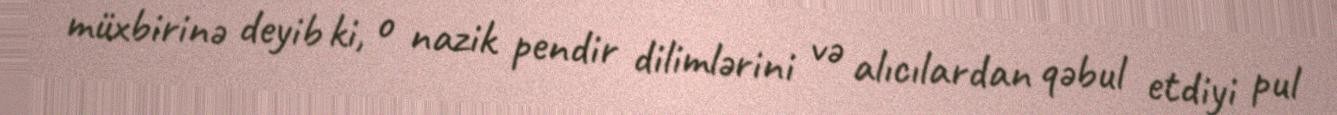
müxbirinə deyib ki, o nazik pendir dilimlərini və alıcılardan qəbul etdiyi pul